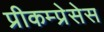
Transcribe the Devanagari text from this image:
प्रीकम्प्रेसेस